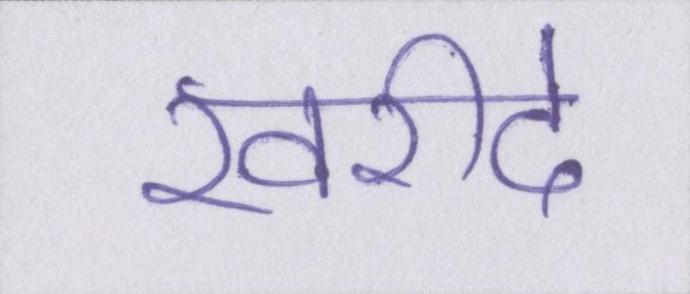
खरीदे